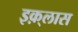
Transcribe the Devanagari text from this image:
इक़्लास